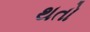
થતો